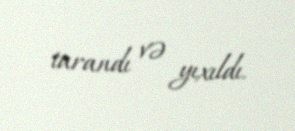
tarandı və yıxıldı.